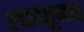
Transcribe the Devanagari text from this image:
रक्तातूनच